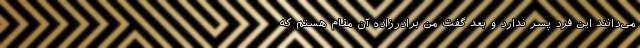
می‌دانند این فرد پسر ندارد و بعد گفت من برادرزاده آن مقام هستم که